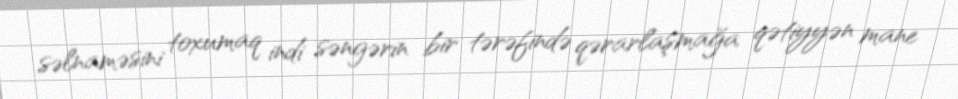
səlnaməsini toxumaq indi səngərin bir tərəfində qərarlaşmağa qətiyyən mane